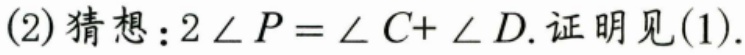
(2)猜想：\(2\angle P=\angle C + \angle D\). 证明见(1).